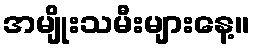
အမျိုးသမီးများနေ့။